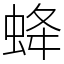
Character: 𧊵